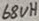
Text: 68uH